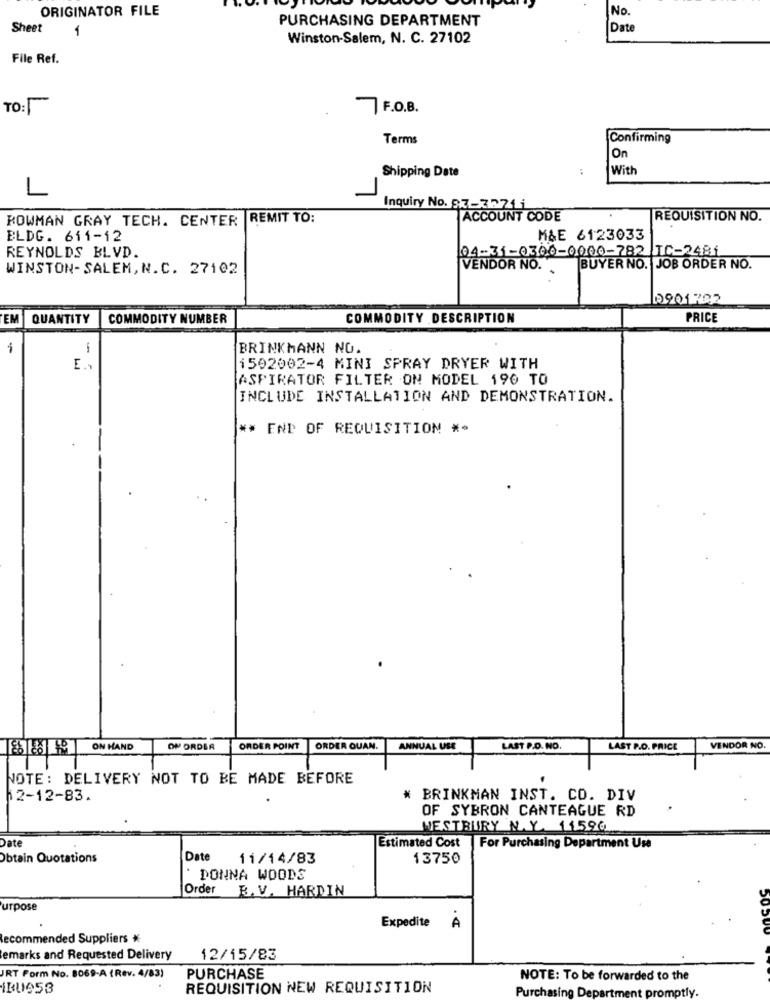
ORIGINATOR FILE
No.
PURCHASING DEPARTMENT
Sheet
-
[Date
Winston-Salem, N. C. 27102
File Ref.
TO:
7F.O.B.
Terms
Confirming
On
Shipping Date
With
L
Inquiry No. 57-3271 i
BOWMAN GRAY TECH. CENTER REMIT TO:
ACCOUNT CODE
REQUISITION NO.
ELDG. 611-12
M&E 6123033
REYNOLDS BLVD.
04-31-0300-0000-782 IC-2481
WINSTON-SALEM, N.C. 27102
VENDOR NO.
.
BUYER NO. JOB ORDER NO.
10901792
EM QUANTITY
COMMODITY NUMBER
COMMODITY DESCRIPTION
PRICE
-
BRINKMANN NO.
E ..
1502002-4 MINI SPRAY DRYER WITH
ASPIRATOR FILTER ON MODEL 190 TO
INCLUDE INSTALLATION AND DEMONSTRATION.
** END OF REQUISITION **
ON HAND
ON ORDER
ORDER POINT
ORDER QUAN.
ANNUAL USE
LAST P.O. NO
LAST P.O. PRICE
VENDOR NO.
NOTE: DELIVERY NOT TO BE MADE BEFORE
52-12-83.
* BRINKMAN INST. CO. DIV
OF SYBRON CANTEAGUE RD
WESTBURY N.Y. 11596
Date
Estimated Cost For Purchasing Department Use
Obtain Quotations
Date
11/14/83
13750
` DONNA WOODS
Order B. V. HARDIN
urpose
Expedite
A
commended Suppliers *
emarks and Requested Delivery
12/15/83
URT Form No. 8069-A (Rev. 4/83)
PURCHASE
NOTE: To be forwarded to the
IBU953
REQUISITION NEW REQUISITION
Purchasing Department promptly.